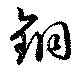
銅